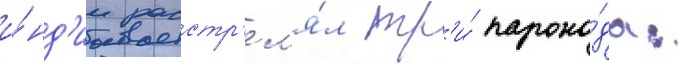
и́нд'ии расстр'ел'я́л тр'и́ парохо́да: